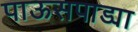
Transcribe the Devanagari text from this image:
पाऊसपाड्या